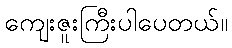
ကျေးဇူးကြီးပါပေတယ်။